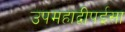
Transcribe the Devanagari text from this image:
उपमहाद्वीपईसा